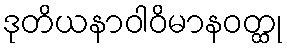
ဒုတိယနာဝါဝိမာနဝတ္ထု